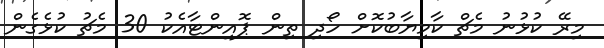
މިރޭ ކުޅުނު މެޗް ކާމިޔާބުކޮށް ހޯދި ތިން ޕޮއިންޓާއެކު 30 މެޗު ކުޅެގެން